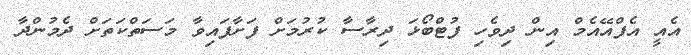
އެއީ އެފްއޭއެމް އިން ދިވެހި ފުޓްބޯޅަ ދިރާސާ ކުރުމަށް ފަށާފައިވާ މަސަތްކަތަށް ދެމުންދާ